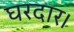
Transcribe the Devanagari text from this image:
घरदार।